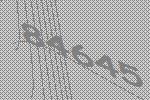
84645